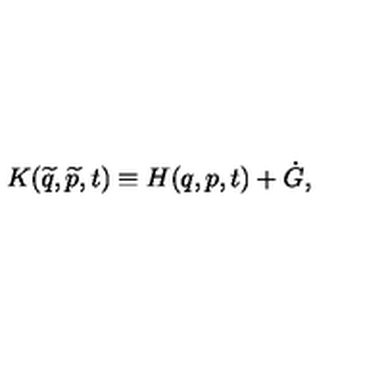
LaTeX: K ( \widetilde { q } , \widetilde { p } , t ) \equiv H ( q , p , t ) + \dot { G } ,